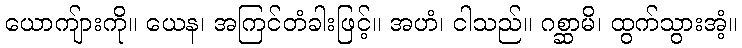
ယောကျ်ားကို။ ယေန၊ အကြင်တံခါးဖြင့်။ အဟံ၊ ငါသည်။ ဂစ္ဆာမိ၊ ထွက်သွားအံ့။